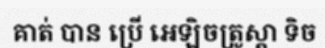
គាត់ បាន ប្រើ អេឡិចត្រូស្តា ទិច